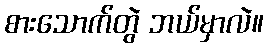
စားသောက်တွဲ ဘယ်မှာလဲ။